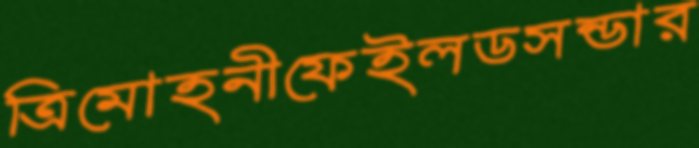
ত্রিমোহনীফেইলডসন্ডার